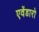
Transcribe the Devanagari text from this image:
एवेंडारो